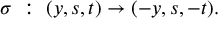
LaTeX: \sigma ~ : ~ ( y , s , t ) \rightarrow ( - y , s , - t ) .